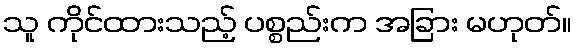
သူ ကိုင်ထားသည့် ပစ္စည်းက အခြား မဟုတ်။